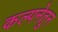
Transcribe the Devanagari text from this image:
कल्पनेतुन